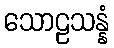
သောဠသန္နံ